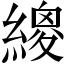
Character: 繌